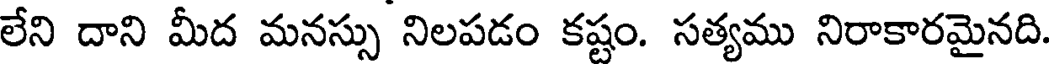
లేని దాని మీద మనస్సు నిలపడం కష్టం. సత్యము నిరాకారమైనది